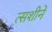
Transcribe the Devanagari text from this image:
त्सशीने